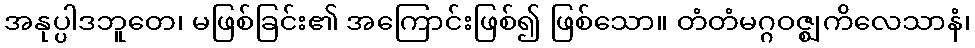
အနုပ္ပါဒဘူတေ၊ မဖြစ်ခြင်း၏ အကြောင်းဖြစ်၍ ဖြစ်သော။ တံတံမဂ္ဂဝဇ္ဈကိလေသာနံ၊